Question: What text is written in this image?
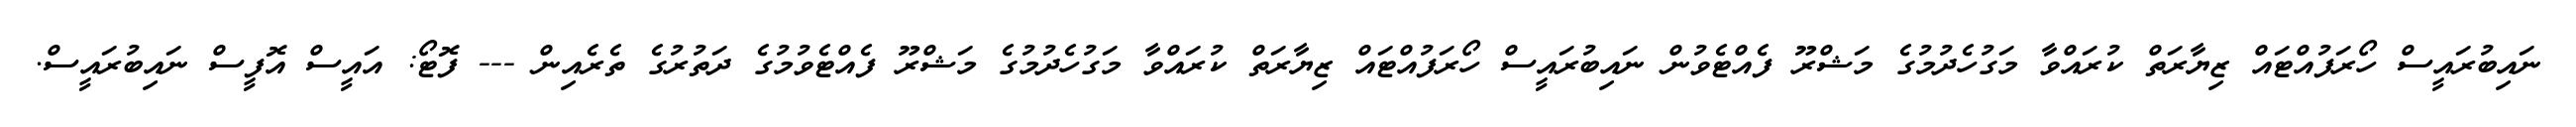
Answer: ނައިބުރައީސް ހޯރަފުއްޓައް ޒިޔާރަތް ކުރައްވާ މަގުހެދުމުގެ މަޝްރޫ ފެއްޓެވުން ނައިބުރައީސް ހޯރަފުއްޓައް ޒިޔާރަތް ކުރައްވާ މަގުހެދުމުގެ މަޝްރޫ ފެއްޓެވުމުގެ ދަތުރުގެ ތެރެއިން --- ފޮޓޯ: އައީސް އޮފީސް ނައިބުރައީސް.